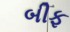
બીફ